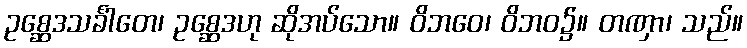
ဥစ္ဆေဒသင်္ခါတေ၊ ဥစ္ဆေဒဟု ဆိုအပ်သော။ ဝိဘဝေ၊ ဝိဘဝ၌။ တဏှာ၊ သည်။